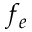
f _ { e }